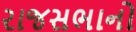
રાજસભાનો